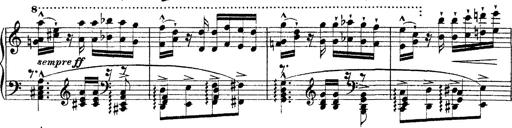
Title: Ã‰tudes d'exÃ©cution transcendante d'aprÃ¨s Paganini
Composer: Franz Liszt